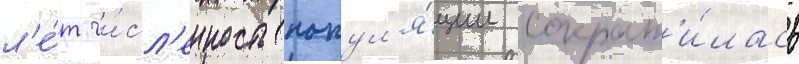
л'е́т чи́сл'енность попул'я́ции сократ'и́лась